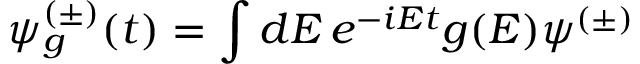
\psi _ { g } ^ { ( \pm ) } ( t ) = \int d E \, e ^ { - i E t } g ( E ) \psi ^ { ( \pm ) }